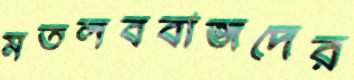
মতলববাজদের